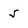
Character: 5